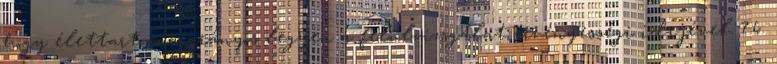
hogy élettartama arányos legyen a felülvizsgálat érvényességi idejével. 7.6.